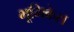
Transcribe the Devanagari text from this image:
भूमिकेस